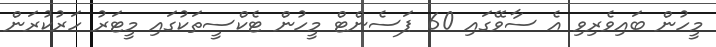
މީހުން ބައިވެރިވި އެ ސާވޭގައި 60 ޕަސެންޓް މީހުން ޓެކްސީތަކުގައި މީޓަރު ހަރުކުރަން